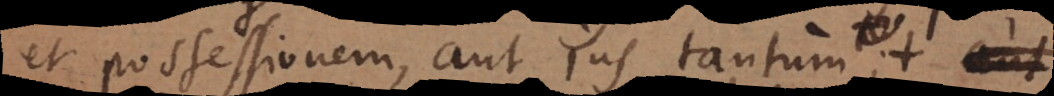
et possessionem, aut jus tantum;